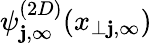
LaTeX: \psi_{\mathbf{j},\infty}^{(2D)}(x_{\perp\mathbf{j},\infty})